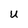
Character: U